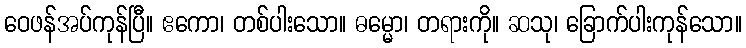
ဝေဖန်အပ်ကုန်ပြီ။ ဧကော၊ တစ်ပါးသော။ ဓမ္မော၊ တရားကို။ ဆသု၊ ခြောက်ပါးကုန်သော။